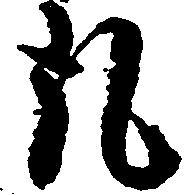
丸